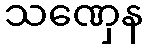
သဏှေန